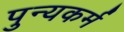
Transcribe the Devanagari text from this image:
पुन्यकर्म